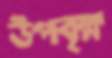
উপবৃক্ষ